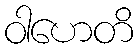
ဝါဟေတိ